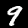
Digit: 9